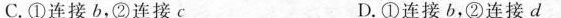
C.①连接b，②连接c D.①连接b，②连接d